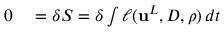
\begin{array} { r l } { 0 } & { { } = \delta S = \delta \int \ell ( { \mathbf { u } } ^ { L } , { D } , \rho ) \, d t } \end{array}